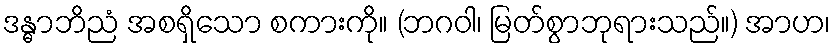
ဒန္ဓာဘိညံ အစရှိသော စကားကို။ (ဘဂဝါ၊ မြတ်စွာဘုရားသည်။) အာဟ၊